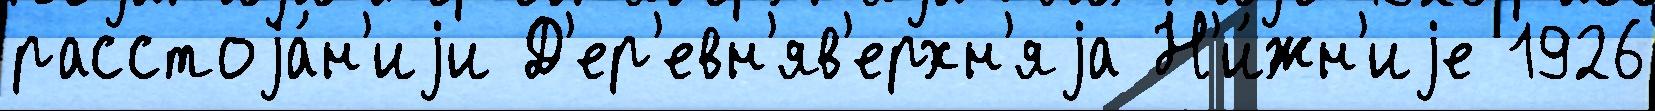
расстоjа́н'иjи Д'ер'евн'яв'ерхн'яjа Н'и́жн'иjе 1926